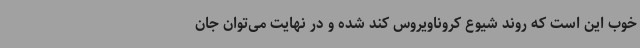
خوب این است که روند شیوع کروناویروس کند شده و در نهایت می‌توان جان